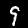
Label: 9